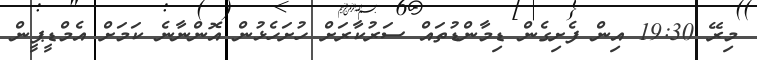
މިރޭ 19:30 އިން ފެށިގެން ޑިމާންޑުތައް ސަރުކާރަށް ހުށަހެޅުން އޮންނާނެ ކަމަށް އެމްޑީޕީން